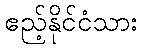
ဧည့်နိုင်ငံသား